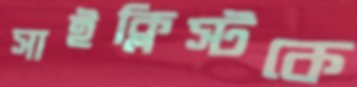
সাইক্লিস্টকে